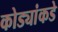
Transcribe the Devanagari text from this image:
कोड्यांकडे